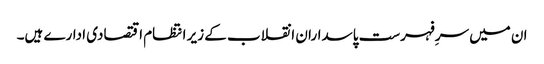
ان میں سرِفہرست پاسداران انقلاب کے زیر انتظام اقتصادی ادارے ہیں۔